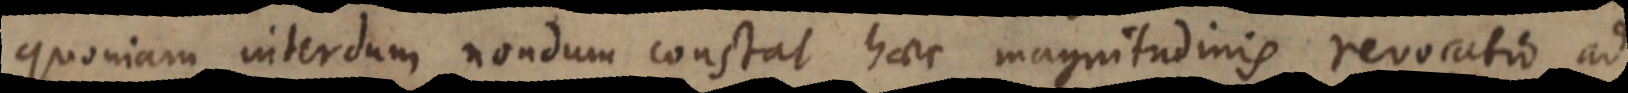
quoniam interdum nondum constat haec magnitudinis revocatio ad